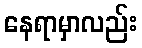
နေရာမှာလည်း